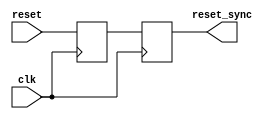
 module resetsync(clk, reset, reset_sync);
	input wire clk,reset;
	output reg reset_sync;
	
	reg async_reset;
	
	always @(posedge clk) begin
		async_reset = reset;
	end
	
	always @(posedge clk) begin
		reset_sync = async_reset;
	end

endmodule